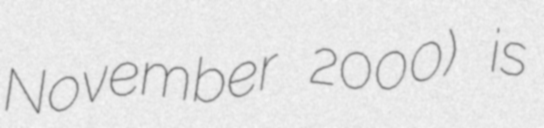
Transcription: November 2000) is